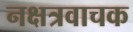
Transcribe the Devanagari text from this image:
नक्षत्रवाचक